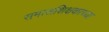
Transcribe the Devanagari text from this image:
समाजशिक्षकाच्या